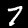
Digit: 7